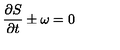
\frac { \partial S } { \partial t } \pm \omega = 0